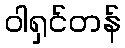
ဝါရှင်တန်